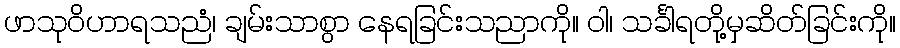
ဖာသုဝိဟာရသညံ၊ ချမ်းသာစွာ နေရခြင်းသညာကို။ ဝါ၊ သင်္ခါရတို့မှဆိတ်ခြင်းကို။